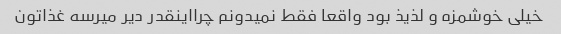
خیلی خوشمزه و لذیذ بود واقعا فقط نمیدونم چرااینقدر دیر میرسه غذاتون